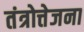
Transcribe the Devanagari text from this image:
तंत्रोत्तेजना